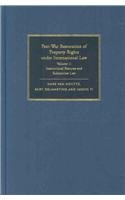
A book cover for Post-War Restoration of Property Rights Under International Law 2 Volume Set: Volume; Hans Van Houtte; Law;